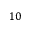
1 0